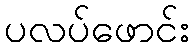
ပလပ်ဖောင်း